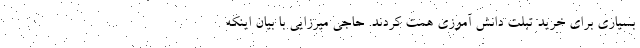
بسیاری برای خرید تبلت دانش آموزی همت کردند. حاجی میرزایی با بیان اینکه